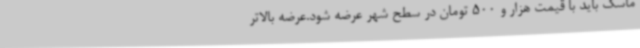
ماسک باید با قیمت هزار و 500 تومان در سطح شهر عرضه شود.عرضه بالاتر